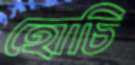
হোচি